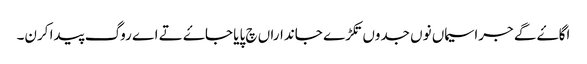
اگاۓ گے جراسیماں نوں جدوں تکڑے جانداراں چ پایا جاۓ تے اے روگ پیدا کرن۔